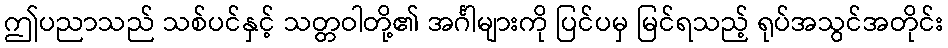
ဤပညာသည် သစ်ပင်နှင့် သတ္တဝါတို့၏ အင်္ဂါများကို ပြင်ပမှ မြင်ရသည့် ရုပ်အသွင်အတိုင်း